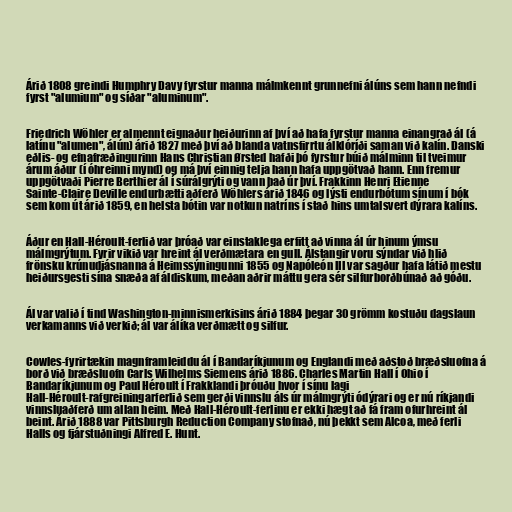
Árið 1808 greindi Humphry Davy fyrstur manna málmkennt grunnefni álúns sem hann nefndi
fyrst "alumium" og síðar "aluminum".

Friedrich Wöhler er almennt eignaður heiðurinn af því að hafa fyrstur manna einangrað ál (á
latínu "alumen", álún) árið 1827 með því að blanda vatnsfirrtu álklóríði saman við kalín. Danski
eðlis- og efnafræðingurinn Hans Christian Ørsted hafði þó fyrstur búið málminn til tveimur
árum áður (í óhreinni mynd) og má því einnig telja hann hafa uppgötvað hann. Enn fremur
uppgötvaði Pierre Berthier ál í súrálgrýti og vann það úr því. Frakkinn Henri Etienne
Sainte-Claire Deville endurbætti aðferð Wöhlers árið 1846 og lýsti endurbótum sínum í bók
sem kom út árið 1859, en helsta bótin var notkun natríns í stað hins umtalsvert dýrara kalíns.

Áður en Hall-Héroult-ferlið var þróað var einstaklega erfitt að vinna ál úr hinum ýmsu
málmgrýtum. Fyrir vikið var hreint ál verðmætara en gull. Álstangir voru sýndar við hlið
frönsku krúnudjásnanna á Heimssýningunni 1855 og Napóleón III var sagður hafa látið mestu
heiðursgesti sína snæða af áldiskum, meðan aðrir máttu gera sér silfurborðbúnað að góðu.

Ál var valið í tind Washington-minnismerkisins árið 1884 þegar 30 grömm kostuðu dagslaun
verkamanns við verkið; ál var álíka verðmætt og silfur.

Cowles-fyrirtækin magnframleiddu ál í Bandaríkjunum og Englandi með aðstoð bræðsluofna á
borð við bræðsluofn Carls Wilhelms Siemens árið 1886. Charles Martin Hall í Ohio í
Bandaríkjunum og Paul Héroult í Frakklandi þróuðu hvor í sínu lagi
Hall-Héroult-rafgreiningarferlið sem gerði vinnslu áls úr málmgrýti ódýrari og er nú ríkjandi
vinnsluaðferð um allan heim. Með Hall-Héroult-ferlinu er ekki hægt að fá fram ofurhreint ál
beint. Árið 1888 var Pittsburgh Reduction Company stofnað, nú þekkt sem Alcoa, með ferli
Halls og fjárstuðningi Alfred E. Hunt.